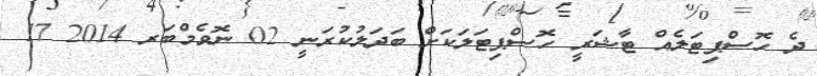
ދެ ހޮސްޕިޓަލެއް ޓާޝަރީ ހޮސްޕިޓަލަކަށް ބަދަލުކުރަނީ 02 ނޮވެމްބަރ 2014 17